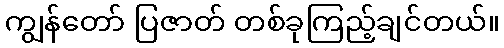
ကျွန်တော် ပြဇာတ် တစ်ခုကြည့်ချင်တယ်။